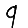
Digit: 9